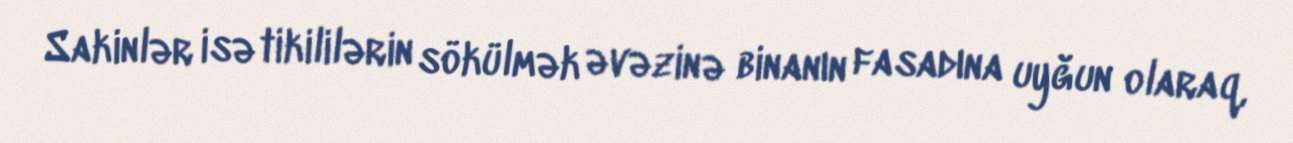
Sakinlər isə tikililərin sökülmək əvəzinə binanın fasadına uyğun olaraq,